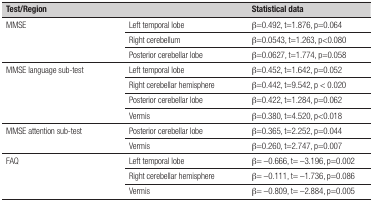
<table><thead><tr><td colspan="2"><b>Test/Region</b></td><td><b>Statistical data</b></td></tr></thead><tbody><tr><td rowspan="3">MMSE</td><td>Left temporal lobe</td><td>β =0.492, t=1.876, p=0.064 </td></tr><tr><td>Right cerebellum</td><td>β =0.0543, t=1.263, p&lt;0.080 </td></tr><tr><td>Posterior cerebellar lobe</td><td>β =0.0627, t=1.774, p=0.058 </td></tr><tr><td rowspan="4">MMSE language sub-test</td><td>Left temporal lobe</td><td>β =0.452, t=1.642, p=0.052 </td></tr><tr><td>Right cerebellar hemisphere</td><td>β =0.442, t=9.542, p &lt; 0.020 </td></tr><tr><td>Posterior cerebellar lobe</td><td>β =0.422, t=1.284, p=0.062 </td></tr><tr><td>Vermis</td><td>β =0.380, t=4.520, p&lt;0.018 </td></tr><tr><td rowspan="2">MMSE attention sub-test</td><td>Posterior cerebellar lobe</td><td>β =0.365, t=2.252, p=0.044 </td></tr><tr><td>Vermis</td><td>β =0.260, t=2.747, p=0.007 </td></tr><tr><td rowspan="3">FAQ</td><td>Left temporal lobe</td><td>β = -0.666, t= -3.196, p=0.002 </td></tr><tr><td>Right cerebellar hemisphere</td><td>β = -0.111, t= -1.736, p=0.086 </td></tr><tr><td>Vermis</td><td>β = -0.809, t= -2.884, p=0.005 </td></tr></tbody></table>